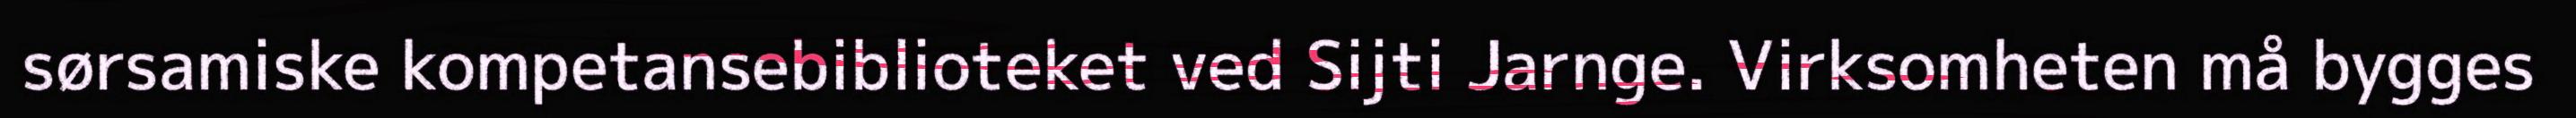
sørsamiske kompetansebiblioteket ved Sijti Jarnge. Virksomheten må bygges